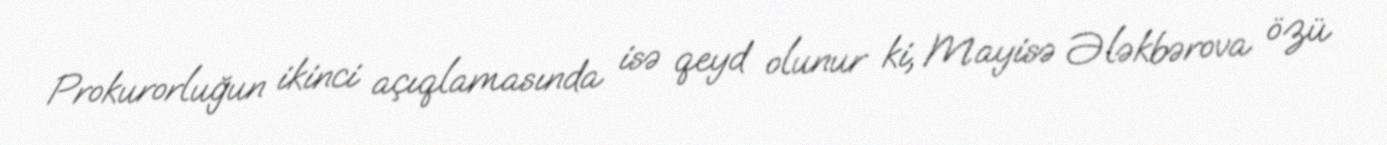
Prokurorluğun ikinci açıqlamasında isə qeyd olunur ki, Mayisə Ələkbərova özü